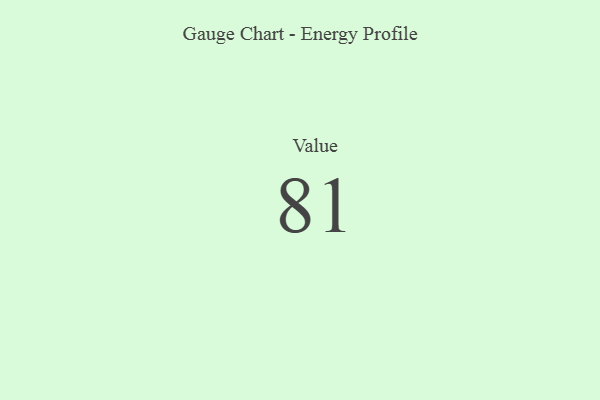
{"axis": {"x": "Metric", "y": "Value"}, "legend": [""], "data": [{"x": "Value", "y": 81, "type": ""}]}